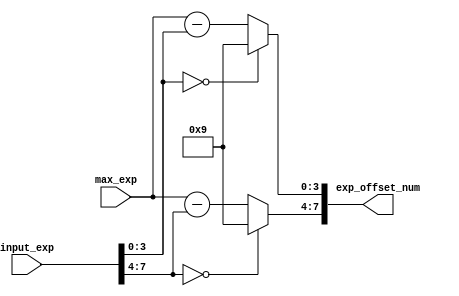
module exp_offset_2 #(
    parameter expWidth = 4
) (
    input  [expWidth*2-1:0] input_exp,
    input  [(expWidth-1):0] max_exp,
    output [expWidth*2-1:0] exp_offset_num
);
  genvar i;
  generate
    for (i = 0; i < 2; i = i + 1) begin : u_exp_offset
      assign exp_offset_num[expWidth*i+expWidth-1 : expWidth*i] = (input_exp[expWidth*(i+1)-1:expWidth*i] == 4'b0000) ? 9 : max_exp - input_exp[expWidth*i+expWidth-1 : expWidth*i];
    end
  endgenerate
endmodule